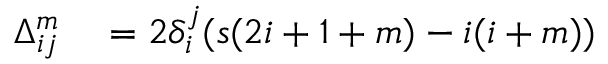
\begin{array} { r l } { \Delta _ { i j } ^ { m } } & { { } = 2 \delta _ { i } ^ { j } ( s ( 2 i + 1 + m ) - i ( i + m ) ) } \end{array}